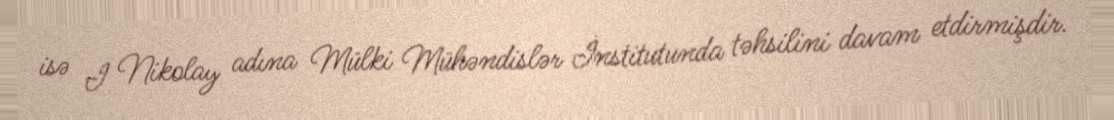
isə I Nikolay adına Mülki Mühəndislər İnstitutunda təhsilini davam etdirmişdir.